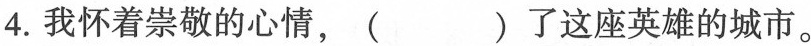
4.我怀着崇敬的心情，( )了这座英雄的城市。